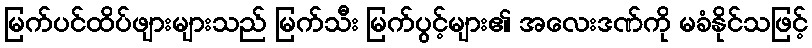
မြက်ပင်ထိပ်ဖျားများသည် မြက်သီး မြက်ပွင့်များ၏ အလေးဒဏ်ကို မခံနိုင်သဖြင့်